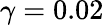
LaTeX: \gamma=0.02